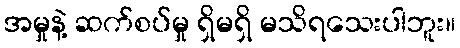
အမှုနဲ့ ဆက်စပ်မှု ရှိမရှိ မသိရသေးပါဘူး။